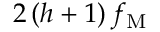
2 \left( h + 1 \right) f _ { \mathrm { M } }